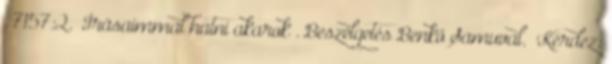
. 7157:2. „Írásaimmal hatni akarok”. Beszélgetés Benkő Samuval. Kérdez: